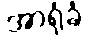
အာရုံခံ